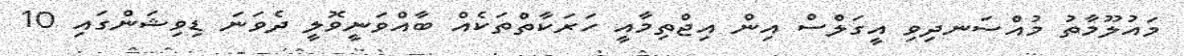
މައުލޫމާތު މުއްސަނދިވި އީގަލްސް އިން އިޖްތިމާއީ ހަރަކާތްތަކެއް ބާއްވަނީވޮލީ ދެވަނަ ޑިވިޝަންގައި 10